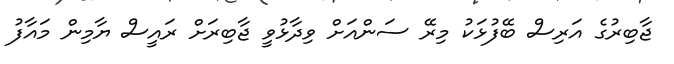
ޖާބިރުގެ އަރިސް ބޭފުޅަކު މިރޭ ސަންއަށް ވިދާޅުވީ ޖާބިރަށް ރައީސް ޔާމިން މައާފު